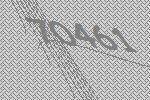
70461